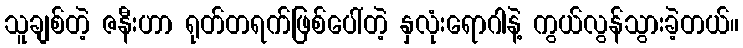
သူချစ်တဲ့ ဇနီးဟာ ရုတ်တရက်ဖြစ်ပေါ်တဲ့ နှလုံးရောဂါနဲ့ ကွယ်လွန်သွားခဲ့တယ်။